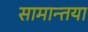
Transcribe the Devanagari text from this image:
सामान्तया